Indian journal of veterinary science and animal husbandry - Volumes 22-23, 1952-1953
Year: 1952
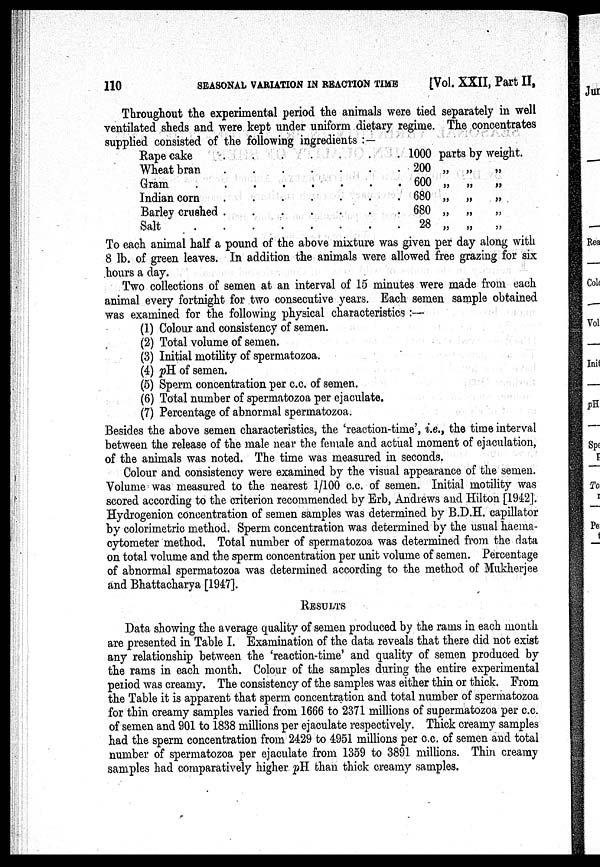
110
SEASONAL VARIATION IN REACTION TIME
[Vol. XXII, Part II,
Throughout the experimental period the animals were tied separately in well
ventilated sheds and were kept under uniform dietary regime. The concentrates
supplied consisted of the following ingredients : —
Rape cake
.
.
.
.
.
.
Wheat bran
Gram
Indian corn
Barley crushed
Salt
.
1000
200
600
680
680
28
parts
„
„
„
„
„
by
„
„
„
„
„
weight.
„
„
„
„
„
To each animal half a pound of the above mixture was given per day along with
8 lb. of green leaves. In addition the animals were allowed free grazing for six
hours a day.
Two collections of semen at an interval of 15 minutes were made from each
animal every fortnight for two consecutive years. Each semen sample obtained
was examined for the following physical characteristics :—
(1) Colour and consistency of semen.
(2) Total volume of semen.
(3) Initial motility of spermatozoa.
(4) pH of semen.
(5) Sperm concentration per c.c. of semen.
(6) Total number of spermatozoa per ejaculate.
(7) Percentage of abnormal spermatozoa.
Besides the above semen characteristics, the 'reaction-time', i.e., the time interval
between the release of the male near the female and actual moment of ejaculation,
of the animals was noted. The time was measured in seconds.
Colour and consistency were examined by the visual appearance of the semen.
Volume was measured to the nearest 1/100 c.c. of semen. Initial motility was
scored according to the criterion recommended by Erb, Andrews and Hilton [1942].
Hydrogenion concentration of semen samples was determined by B.D.H. capillator
by colorimetric method. Sperm concentration was determined by the usual haema-
cytometer method. Total number of spermatozoa was determined from the data
on total volume and the sperm concentration per unit volume of semen. Percentage
of abnormal spermatozoa was determined according to the method of Mukherjee
and Bhattacharya [1947].
RESULTS
Data showing the average quality of semen produced by the rams in each month
are presented in Table I. Examination of the data reveals that there did not exist
any relationship between the 'reaction-time' and quality of semen produced by
the rams in each month. Colour of the samples during the entire experimental
period was creamy. The consistency of the samples was either thin or thick. From
the Table it is apparent that sperm concentration and total number of spermatozoa
for thin creamy samples varied from 1666 to 2371 millions of supermatozoa per c.c.
of semen and 901 to 1838 millions per ejaculate respectively. Thick creamy samples
had the sperm concentration from 2429 to 4951 millions per c.c. of semen and total
number of spermatozoa per ejaculate from 1359 to 3891 millions. Thin creamy
samples had comparatively higher pH than thick creamy samples.